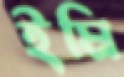
ইমি